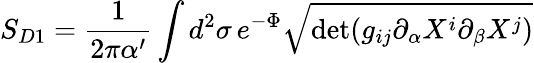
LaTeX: S_{D1}=\frac{1}{2\pi\alpha^{\prime}}\int d^{2}\sigma\, e^{-\Phi}\sqrt{\mathrm{det}(g_{ij}\partial_{\alpha}X^{i}\partial_{\beta}X^{j})}